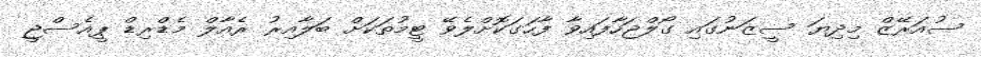
ސުއަރޭޒް މިދިޔަ ސީޒަނުގައި ގޯލްޖަހާފައިވާ ފާހަގަކޮށްލެވޭ ޓީމުތަކަށް ބަލާއިރު ރެއާލް މެޑްރިޑް ޕީއެސްޖީ